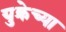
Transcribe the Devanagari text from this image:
युक्रेच्या